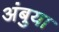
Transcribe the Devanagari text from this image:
अंबुया